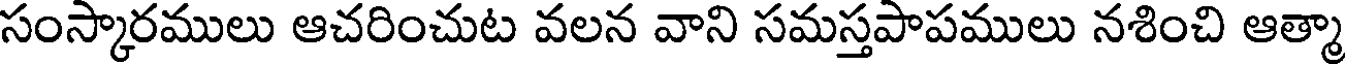
సంస్కారములు ఆచరించుట వలన వాని సమస్తపాపములు నశించి ఆత్మా